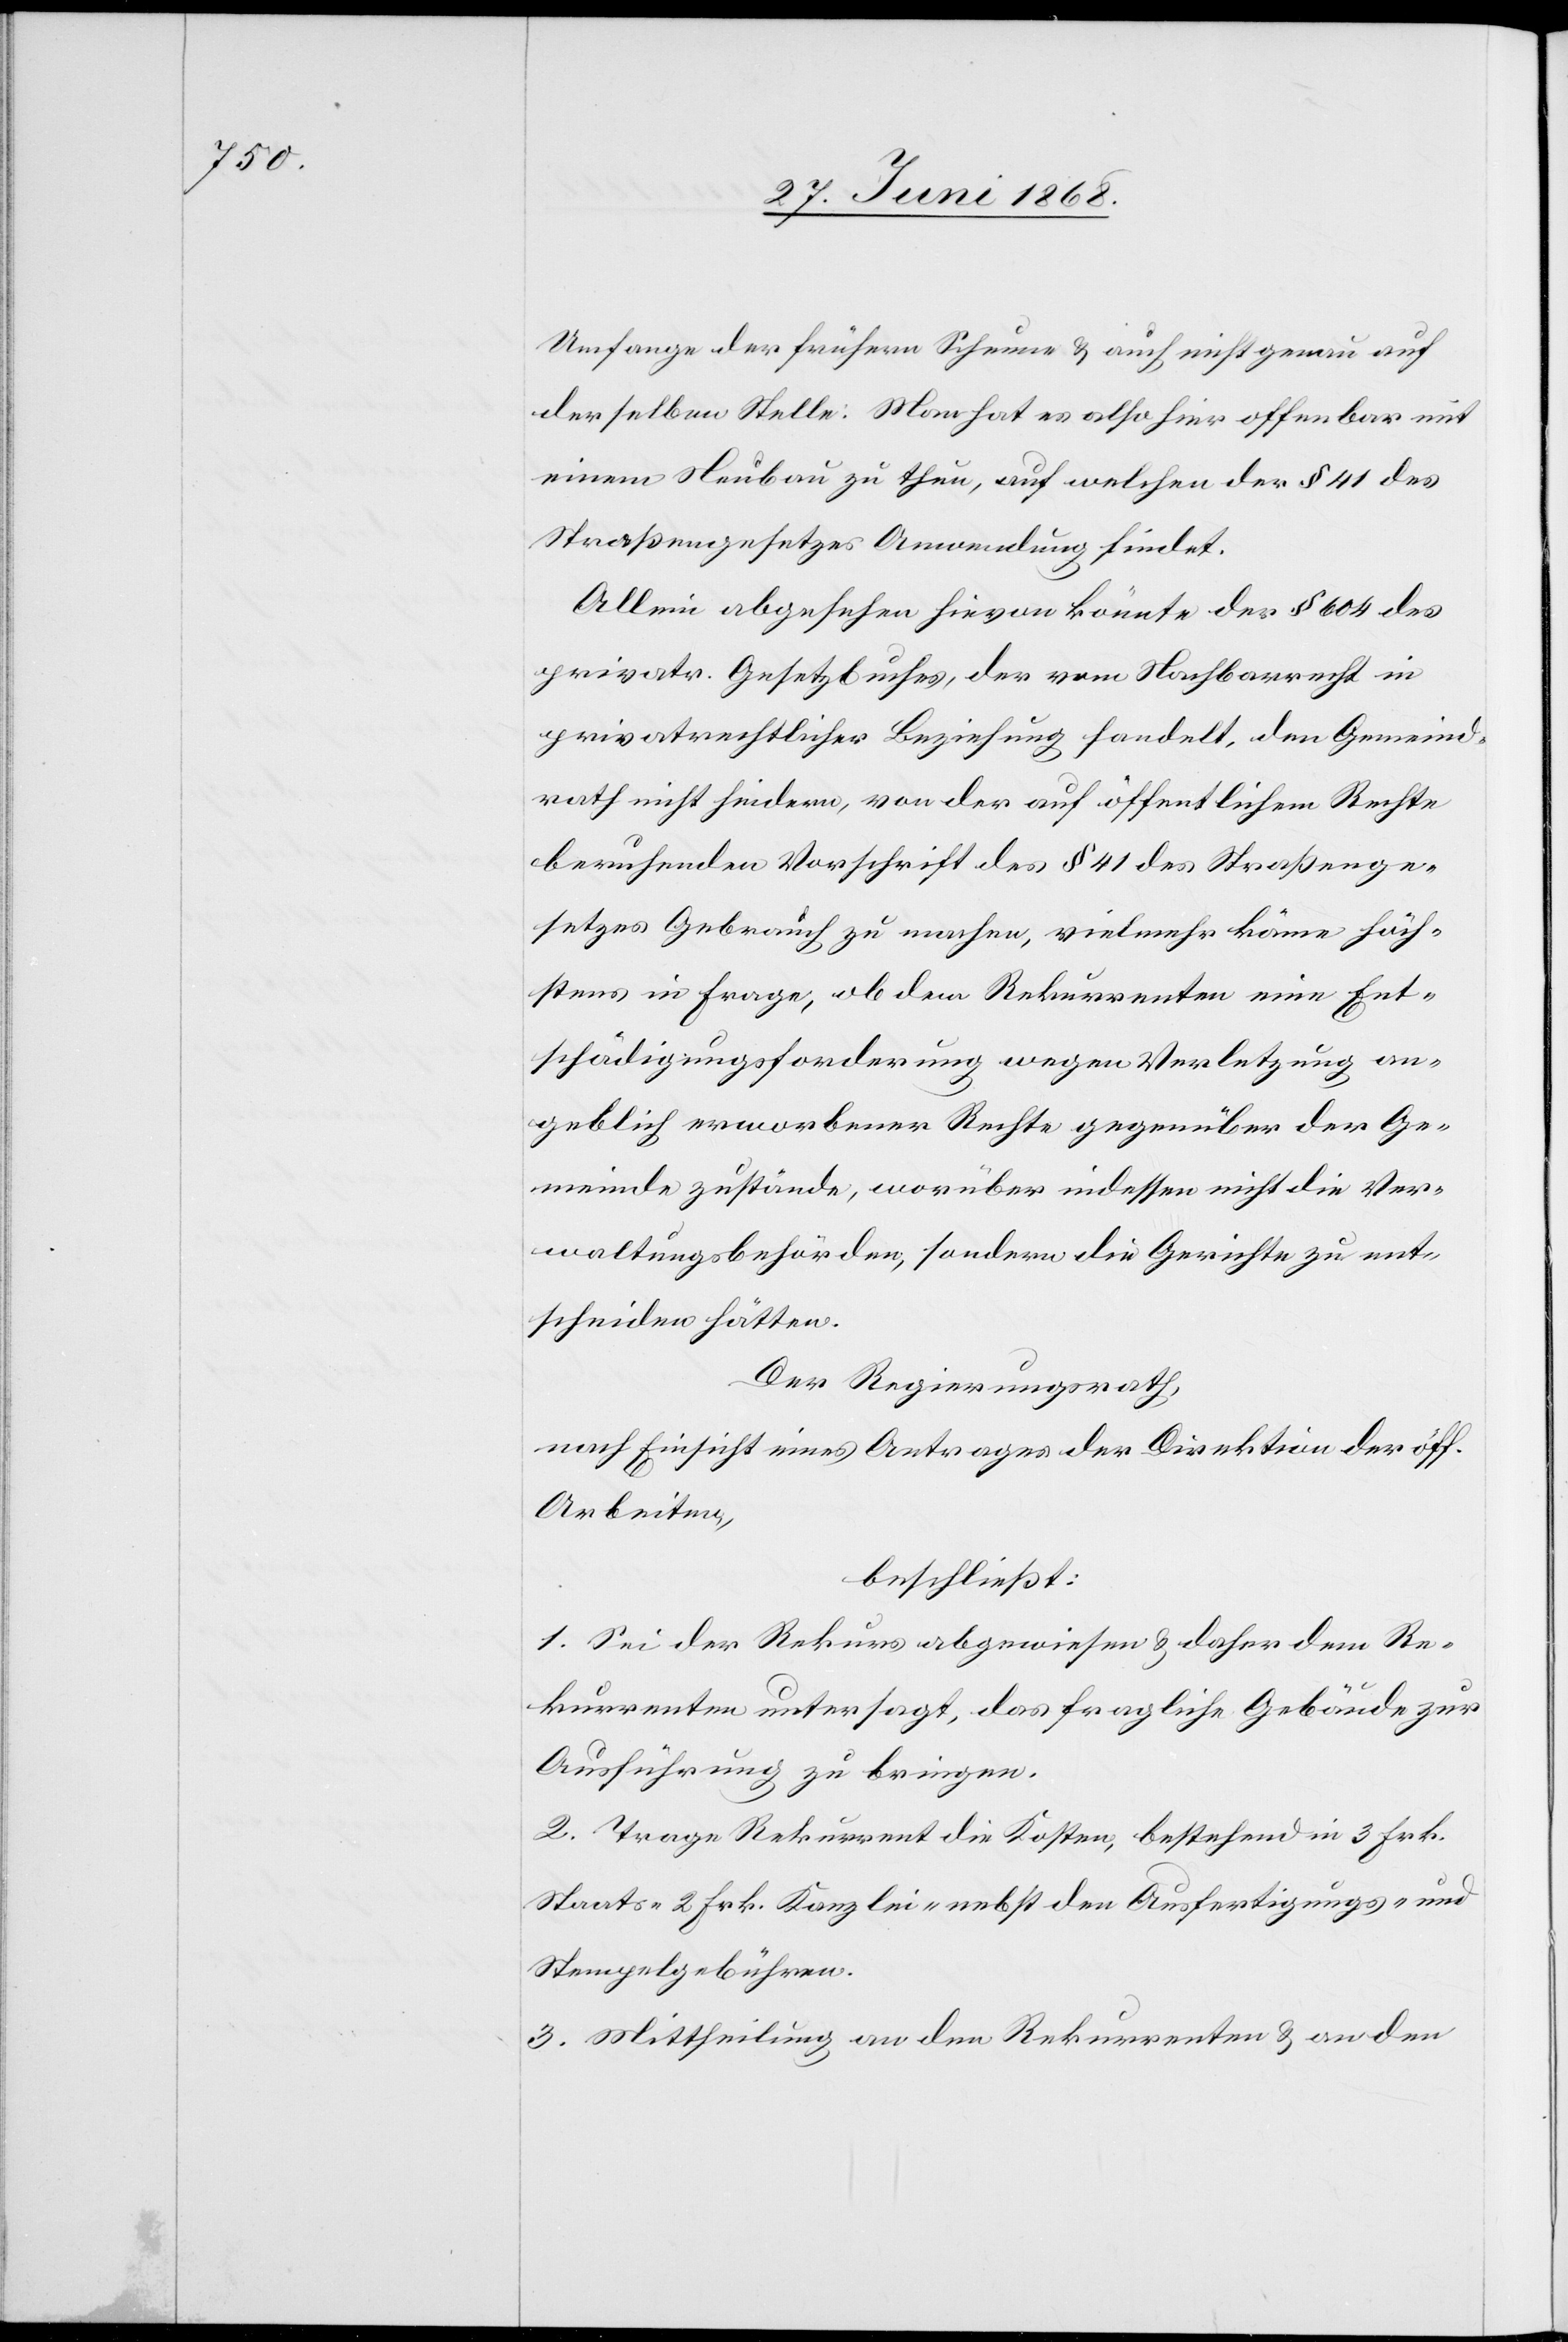
Umfange der frühern Scheune & auch nicht genau auf
derselben Stelle: Man hat es also hier offenbar mit
einem Neubau zu thun, auf welchen der § 41 des
Straßengesetzes Anwendung findet.
Allein abgesehen hievon könnte der § 604 des
privatr. Gesetzbuches, der vom Nachbarrecht in
privatrechtlicher Beziehung handelt, den Gemeind¬
rath nicht hindern, von der auf öffentlichem Rechte
beruhenden Vorschrift des § 41 des Straßenge¬
setzes Gebrauch zu machen, vielmehr käme höch¬
stens in Frage, ob dem Rekurrenten eine Ent¬
schädigungsforderung wegen Verletzung an¬
geblich erworbener Rechte gegenüber der Ge¬
meinde zustände, worüber indessen nicht die Ver¬
waltungsbehörden, sondern die Gerichte zu ent¬
scheiden hätten.
Der Regierungsrath,
nach Einsicht eines Antrages der Direktion der öff.
Arbeiten,
beschließt:
1. Sei der Rekurs abgewiesen & daher dem Re¬
kurrenten untersagt, das fragliche Gebäude zur
Ausführung zu bringen.
2. Trage Rekurrent die Kosten, bestehend in 3 Frk.
Staats-[,] 2 Frk. Kanzlei-[,] nebst den Ausfertigungs- und
Stempelgebühren.
3. Mittheilung an den Rekurrenten & an den